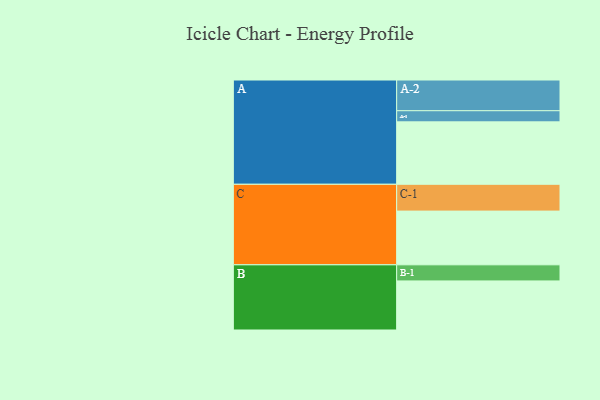
{"axis": {"x": "Segment", "y": "Value"}, "legend": ["", "A", "B", "C"], "data": [{"x": "A", "y": 589, "type": ""}, {"x": "B", "y": 463, "type": ""}, {"x": "C", "y": 507, "type": ""}, {"x": "A-1", "y": 105, "type": "A"}, {"x": "A-2", "y": 290, "type": "A"}, {"x": "B-1", "y": 152, "type": "B"}, {"x": "C-1", "y": 253, "type": "C"}]}